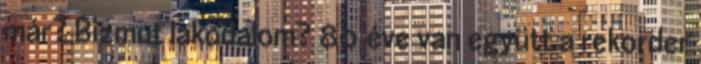
már? Bizmut lakodalom? 80 éve van együtt a rekorder